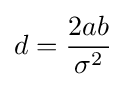
d={\frac {2ab}{\sigma ^{2}}}